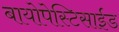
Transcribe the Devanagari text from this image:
बायोपेस्टिसाईड